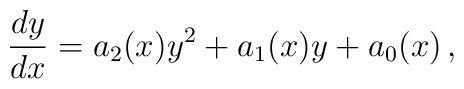
\frac{dy}{dx}=a_2(x) y^2+a_1(x) y+a_0(x)\,,